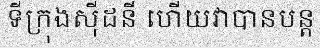
ទីក្រុងស៊ីដនី ហើយវាបានបន្ត